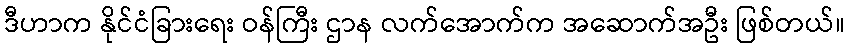
ဒီဟာက နိုင်ငံခြားရေး ဝန်ကြီး ဌာန လက်အောက်က အဆောက်အဦး ဖြစ်တယ်။